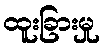
ထူးခြားမှု